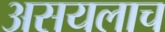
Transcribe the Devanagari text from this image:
असयलाच